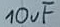
Text: 10µF